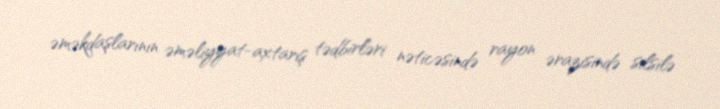
əməkdaşlarının əməliyyat-axtarış tədbirləri nəticəsində rayon ərazisində silsilə